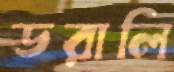
ডরালি